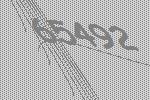
65492